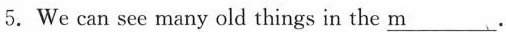
5.We can see many old things in the \underline{m}